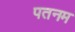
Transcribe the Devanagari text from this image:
पतनम